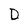
Character: D